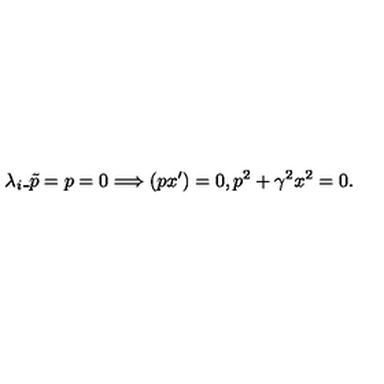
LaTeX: \lambda _ { i } \_ { \tilde { p } = p } = 0 \Longrightarrow ( p x ^ { \prime } ) = 0 , p ^ { 2 } + \gamma ^ { 2 } x ^ { 2 } = 0 { . }